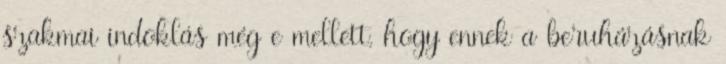
szakmai indoklás még e mellett, hogy ennek a beruházásnak